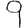
Digit: 9